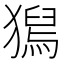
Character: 𤡯